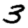
Digit: 3